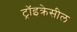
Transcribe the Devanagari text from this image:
ट्रॉइक्रेसील